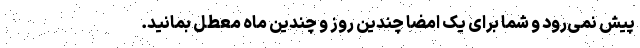
پیش نمی‌رود و شما برای یک امضا چندین روز و چندین ماه معطل بمانید.